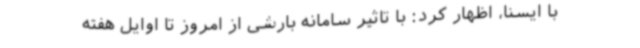
با ایسنا، اظهار کرد: با تاثیر سامانه بارشی از امروز تا اوایل هفته